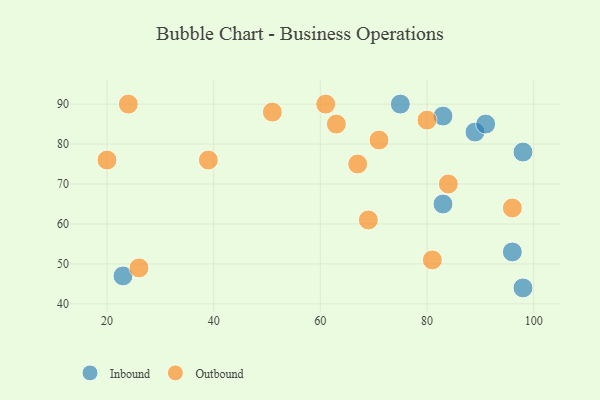
{"axis": {"x": "GDP", "y": "Life Expectancy"}, "legend": ["Inbound", "Outbound"], "data": [{"x": "83", "y": 87, "type": "Inbound"}, {"x": "89", "y": 83, "type": "Inbound"}, {"x": "98", "y": 78, "type": "Inbound"}, {"x": "75", "y": 90, "type": "Inbound"}, {"x": "96", "y": 53, "type": "Inbound"}, {"x": "91", "y": 85, "type": "Inbound"}, {"x": "23", "y": 47, "type": "Inbound"}, {"x": "98", "y": 44, "type": "Inbound"}, {"x": "83", "y": 65, "type": "Inbound"}, {"x": "61", "y": 90, "type": "Outbound"}, {"x": "20", "y": 76, "type": "Outbound"}, {"x": "63", "y": 85, "type": "Outbound"}, {"x": "96", "y": 64, "type": "Outbound"}, {"x": "26", "y": 49, "type": "Outbound"}, {"x": "81", "y": 51, "type": "Outbound"}, {"x": "71", "y": 81, "type": "Outbound"}, {"x": "24", "y": 90, "type": "Outbound"}, {"x": "67", "y": 75, "type": "Outbound"}, {"x": "39", "y": 76, "type": "Outbound"}, {"x": "69", "y": 61, "type": "Outbound"}, {"x": "51", "y": 88, "type": "Outbound"}, {"x": "84", "y": 70, "type": "Outbound"}, {"x": "80", "y": 86, "type": "Outbound"}]}